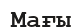
Мағы